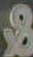
&